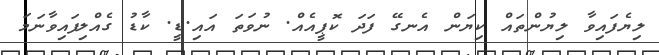
ލިޔެފައިވާ ލިޔުންތައް ކިޔަން އެނގޭ ފަދަ ކޮޕީއެއް. ނުވަތަ އައި.ޑީ. ކާޑު ގެއްލިފައިވާނަމަ